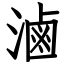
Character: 滷